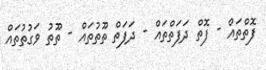
ފޮތްތައް - ފޮތް ދަފަތްތައް - ދަފަތް ތޫތުތައް - ތޫތު ވަގުތުތައް